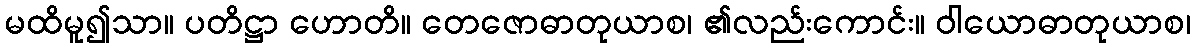
မထိမူ၍သာ။ ပတိဋ္ဌာ ဟောတိ။ တေဇောဓာတုယာစ၊ ၏လည်းကောင်း။ ဝါယောဓာတုယာစ၊